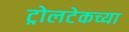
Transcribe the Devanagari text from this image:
ट्रोलटेकच्या